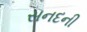
સનદની